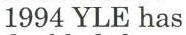
1994 YLE has